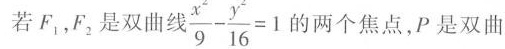
若F_{1}，F_{2}是双曲线 $$\frac { x ^ { 2 } } { 9 } - \frac { y ^ { 2 } } { 1 6 } = 1$$ 的两个焦点，P是双曲